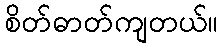
စိတ်ဓာတ်ကျတယ်။